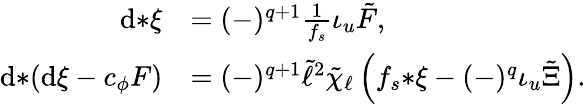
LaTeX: \begin{array}{rl}{\mathrm{d}{*\xi}}&{=(-)^{q+1}\frac{1}{f_{s}}\iota_{u}\tilde{F},}\\ {\mathrm{d}{*(\mathrm{d}\xi-c_{\phi}F)}}&{=(-)^{q+1}\tilde{\ell}^{2}\tilde{\chi}_{\ell}\left(f_{s}{*\xi}-(-)^{q}\iota_{u}\tilde{\Xi}\right).}\end{array}